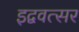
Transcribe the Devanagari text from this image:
इद्ववत्सर